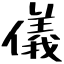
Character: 儀